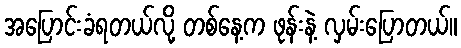
အပြောင်းခံရတယ်လို့ တစ်နေ့က ဖုန်းနဲ့ လှမ်းပြောတယ်။